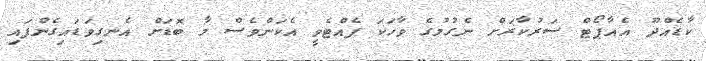
ކާޑެއްދޫ އެއާޕޯޓް ސަރުކާރަށް ނެގުމުގެ ވާހަކަ ފެއްޓެވީ އެކަންވެސް މާ ބޮޑަށް އެނގިވަޑައިގެންފައި